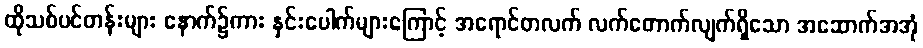
ထိုသစ်ပင်တန်းများ နောက်၌ကား နှင်းပေါက်များကြောင့် အရောင်တလက် လက်တောက်လျက်ရှိသော အဆောက်အအုံ